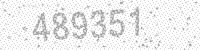
Solution: 489351